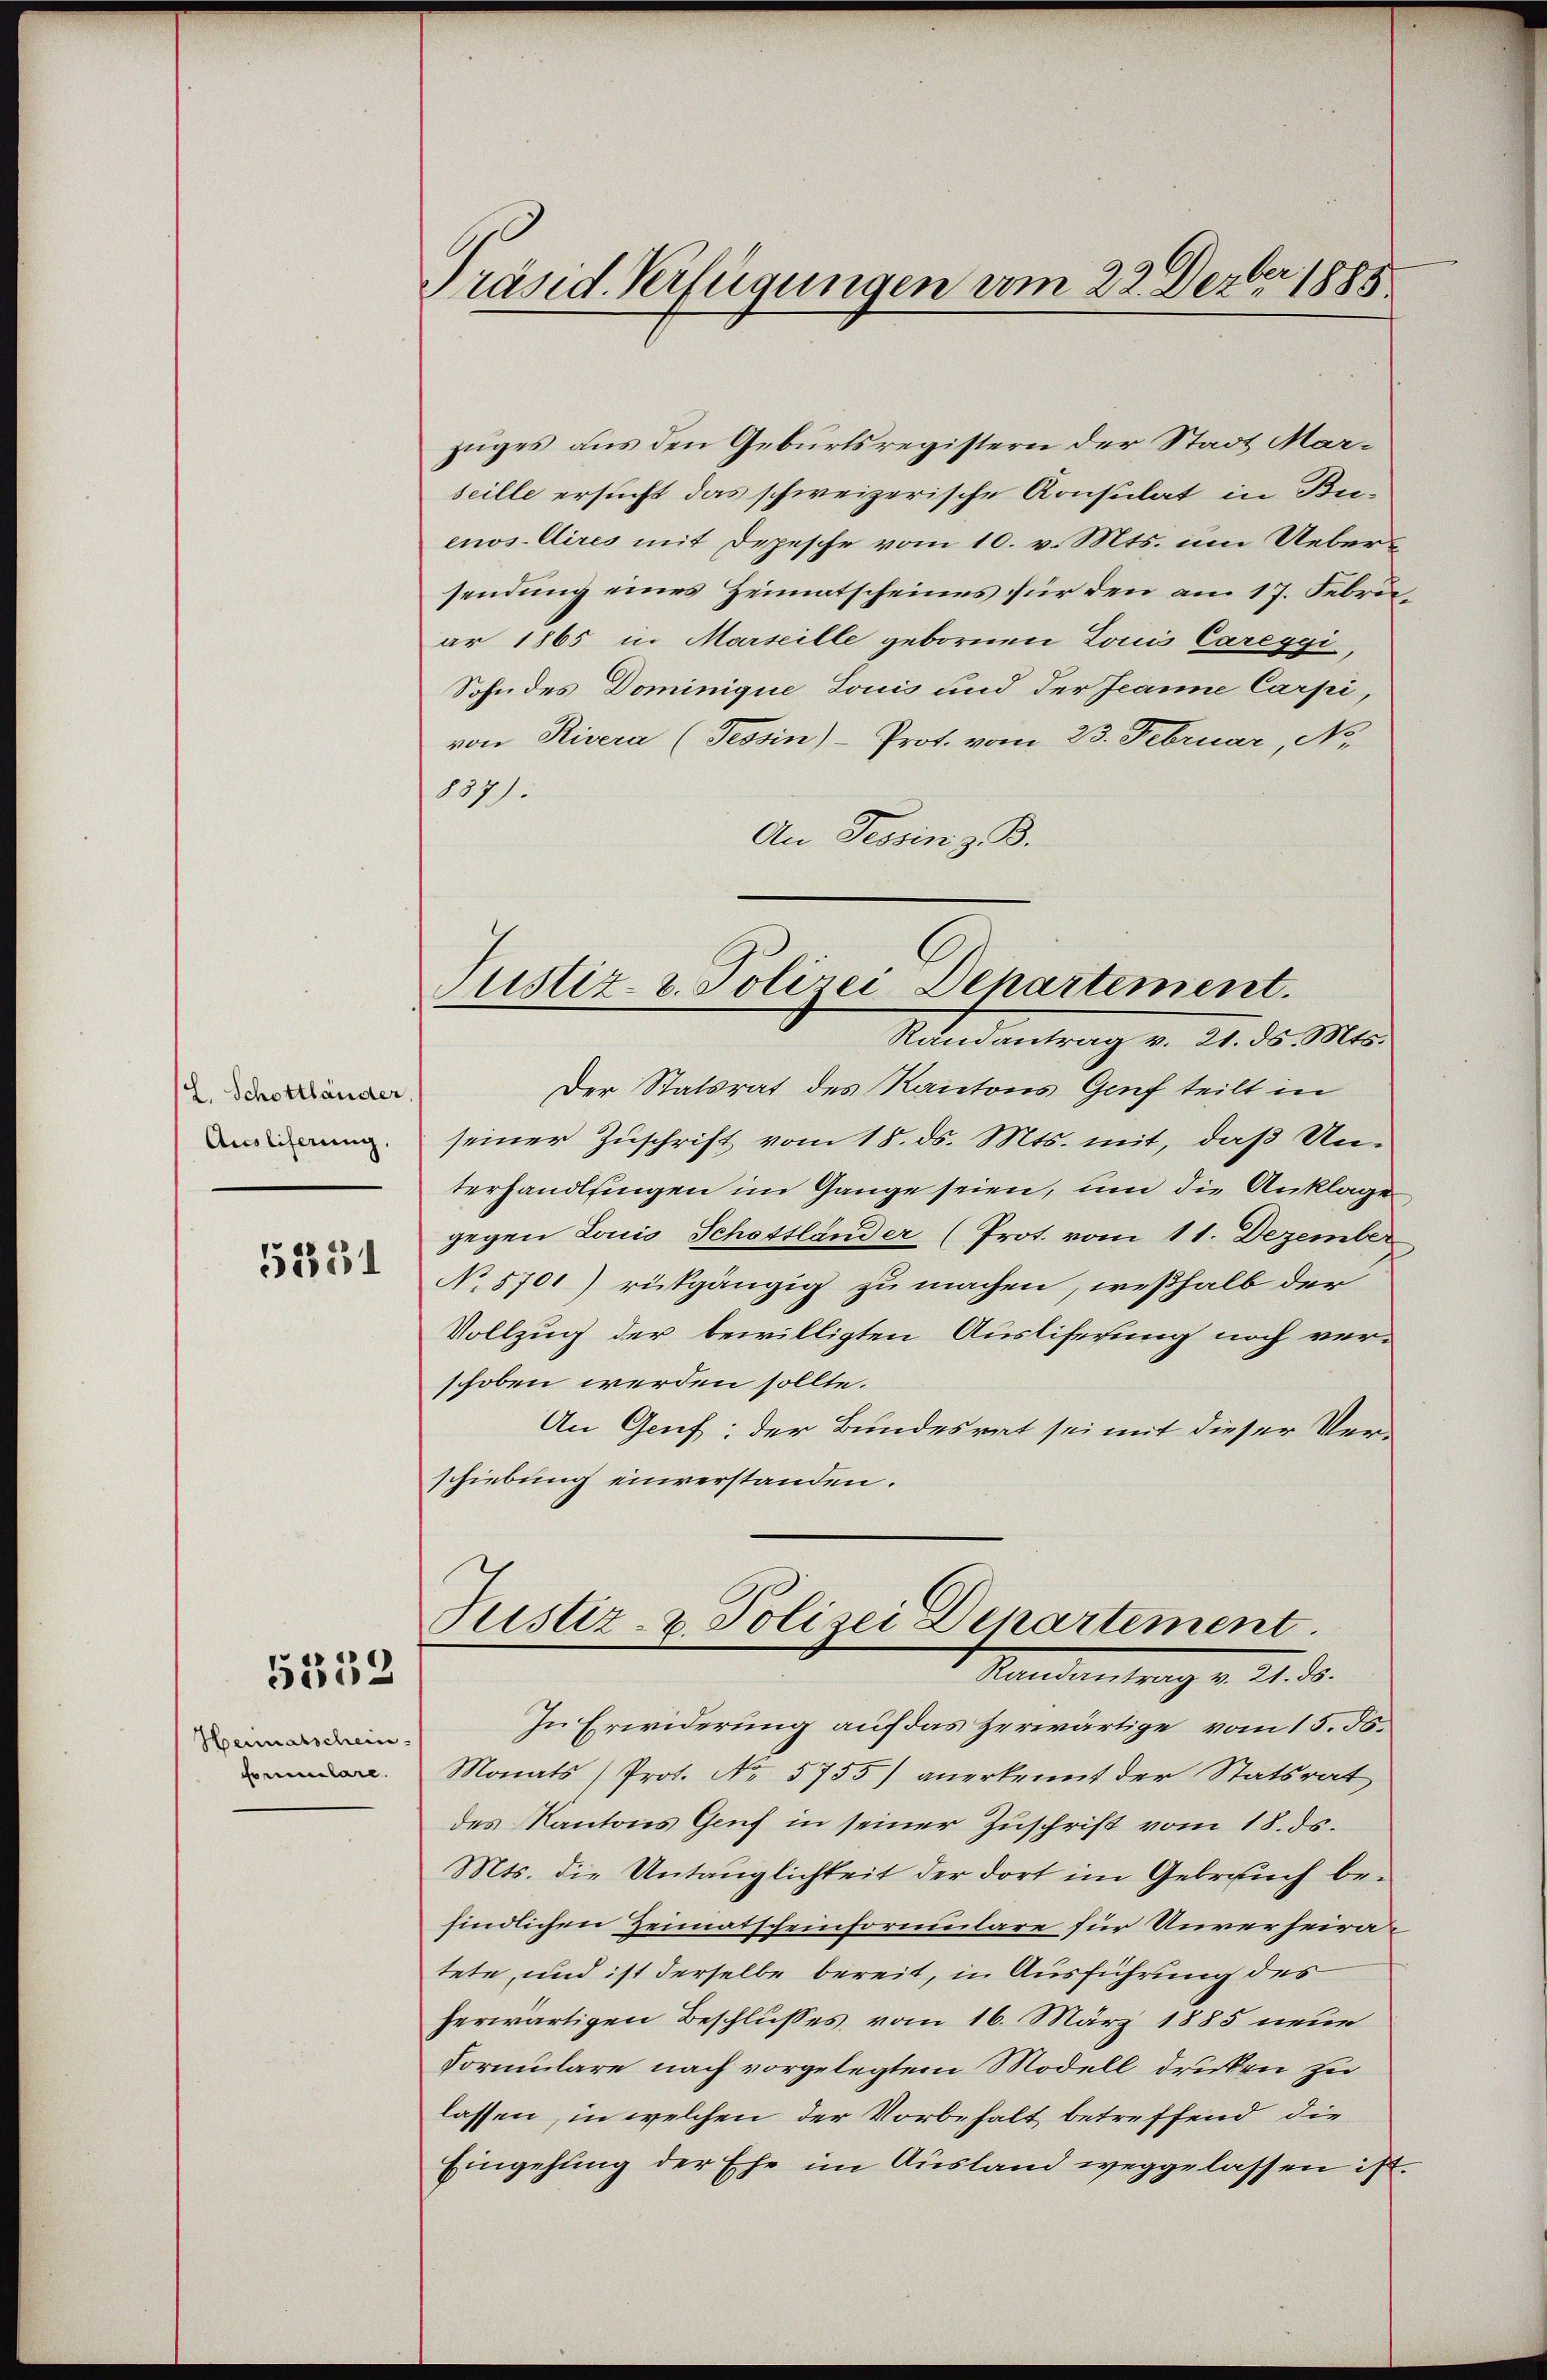
E. Schottländer
Ausliferung,

5251

5552

Heimatschein
formelare.

Präsid. Verfügungen vom 22. Derber 1885

zuges aus den Geburtsregistern der Stadt Marseille ersucht das schweizerische Konsulat in Buenos Aires mit Depesche vom 10. v. Mts. um Uebersendung eines Heimatscheines für den am 17. Februar 1865 in Marseille gebornen Louis Careggi
Sohn des Dominique Louis und der Jeanne Carpi,
von Rivera (Tessin)- Prof. vom 23. Februar, No.
187).
An Tessin z. B.
Der Statsrat des Kantons Genf teilt in
seiner Zuschrift vom 18. ds. Mts. mit, daß Unterhandlsingen im Gange seien, um die Anklage
gegen Louis Schottländer (Prot. vom 11. Dezember
No 5701) rückgängig zu machen, weßhalb der
Vollzug der bewilligten Ausliferung noch verschoben werden sollte.
An Genf; der Bundesrat sei mit dieser Verschiebung einverstanden.

Justiz- & Polizei Departement.
Randantrag v. 21. ds. Mts.

Justiz- & Polizei Departement.
Randantrag v. 21. ds.

In Erwiderung auf das Zerwärtige vom 15. Js.
Monats (Prot. No. 5755) anerkennt der Statsrat
des Kantons Genf in seiner Zuschrift vom 18. ds.
Mts. die Untauglichkeit der dort im Gebrauch befindlichen Heimatscheinformulare für Unverheiratete, und ist derselbe bereit, in Ausführung des
herwärtigen Beschlusses vom 16. März 1885 neue
Formulare nach vorgelegtem Modell druken zu
lassen, in welchen der Vorbehalt betreffend die
Eingehung der Ehe im Ausland weggelassen ist.